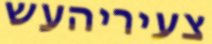
צעיריהעש